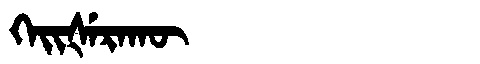
Manchu: ᡴᡝᡳᡧᡝᡵᠠᡴᡡ
Romanization: KEIŠERAKŪ